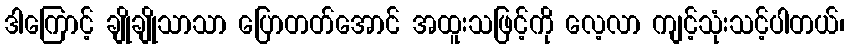
ဒါကြောင့် ချိုချိုသာသာ ပြောတတ်အောင် အထူးသဖြင့်ကို လေ့လာ ကျင့်သုံးသင့်ပါတယ်၊